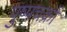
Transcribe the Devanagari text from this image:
पुष्पचक्रों